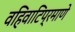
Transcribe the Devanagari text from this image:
वहिवाटिप्रमाणे